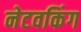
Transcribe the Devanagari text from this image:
नेटवकिंग